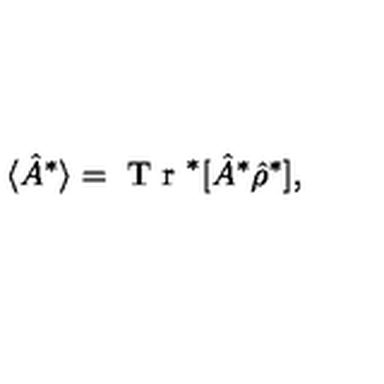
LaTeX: \langle \hat { A } ^ { * } \rangle = \textrm { T r } ^ { * } [ \hat { A } ^ { * } \hat { \rho } ^ { * } ] ,